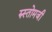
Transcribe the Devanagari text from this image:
रुस्तोमजी